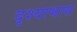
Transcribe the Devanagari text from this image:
दृश्याभास